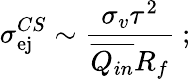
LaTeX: \sigma_{\mathrm{ej}}^{CS}\sim\frac{\sigma_{v}\tau^{2}}{\overline{{Q_{in}}}R_{f}}~;